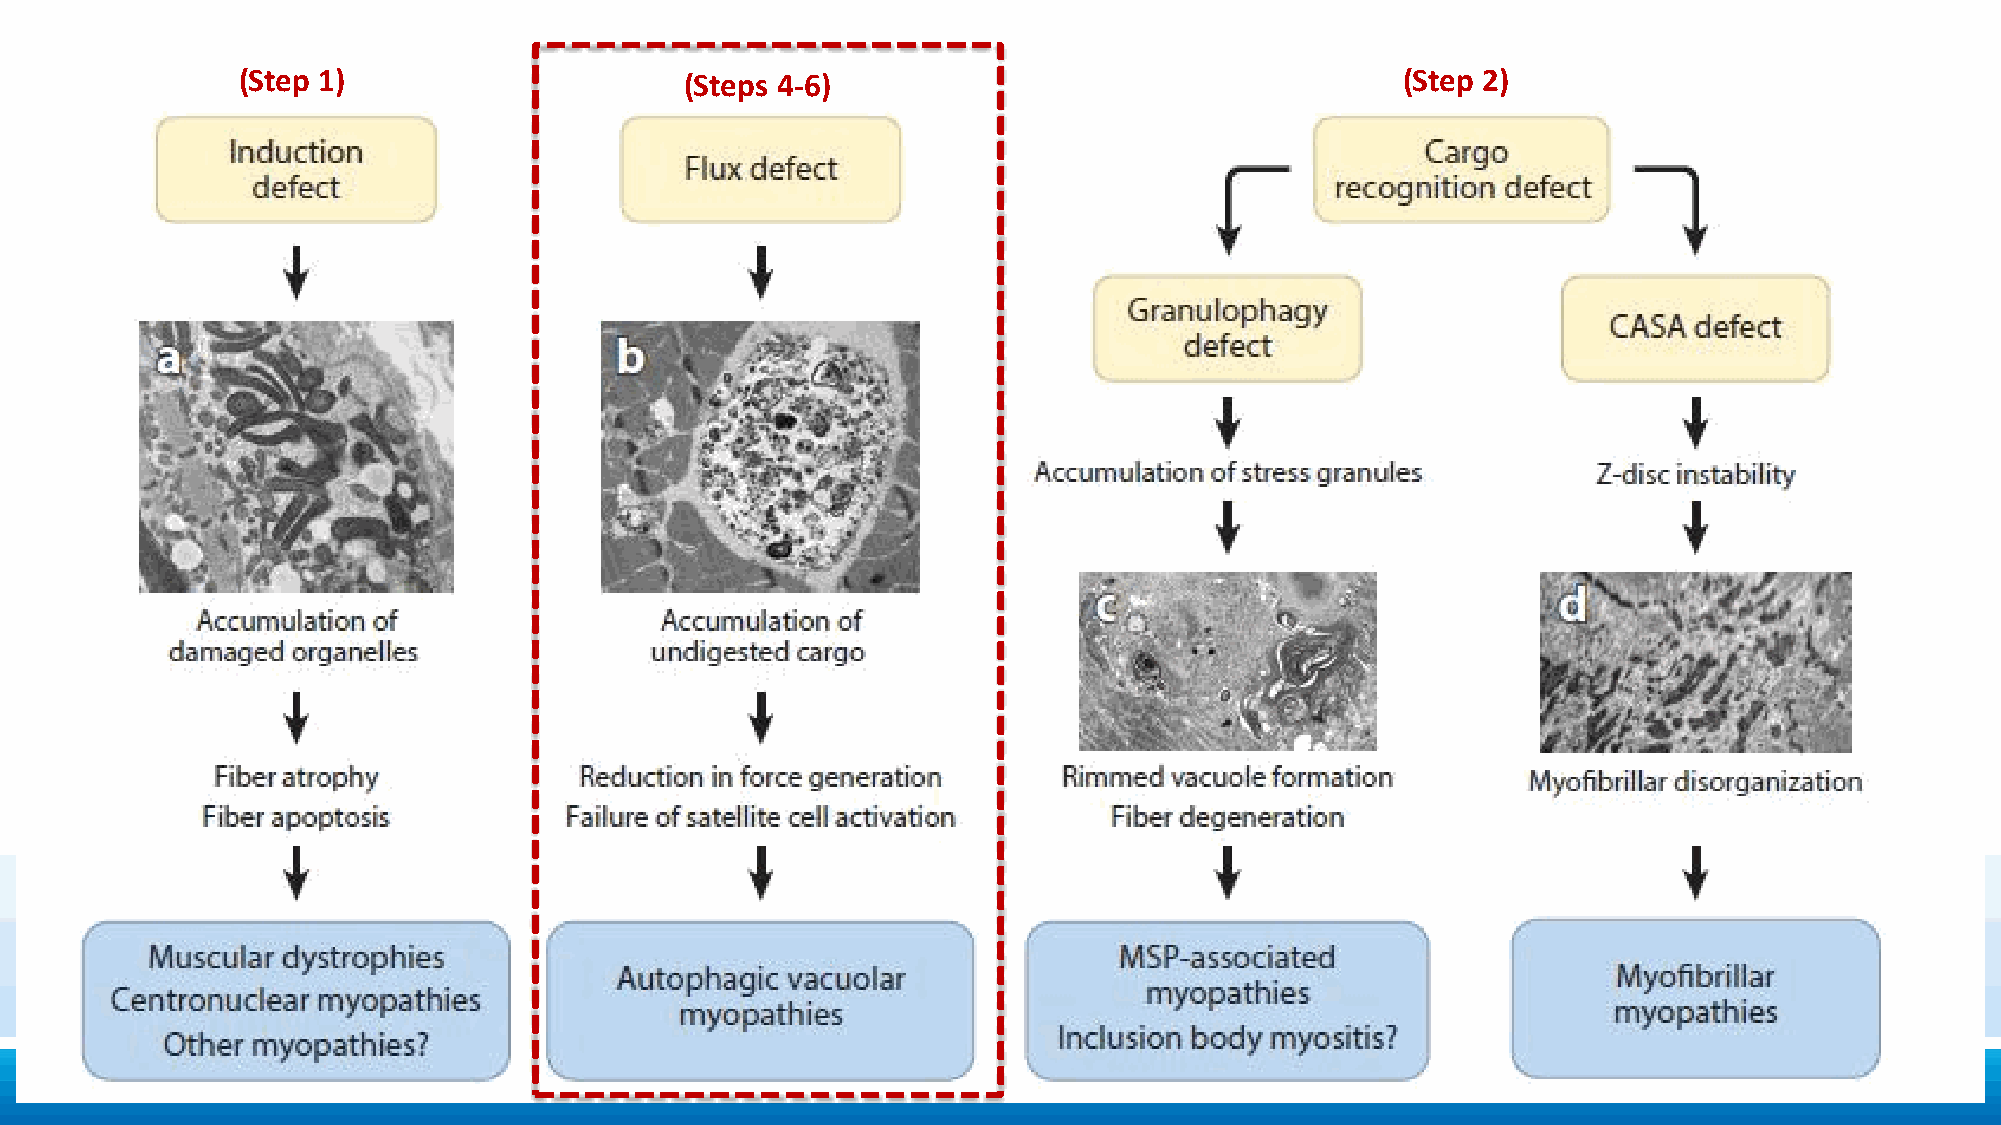
(Step 1)                     (Steps 4-6)                                     (Step 2)